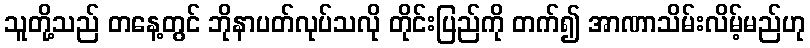
သူတို့သည် တနေ့တွင် ဘိုနာပတ်လုပ်သလို တိုင်းပြည်ကို တက်၍ အာဏာသိမ်းလိမ့်မည်ဟု